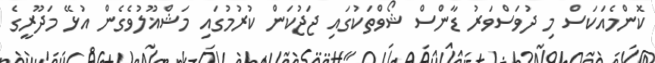
ކޮންމެއަކަސް މި ދުވަސްވަރު ޑާންސް ޝޯވްތަކުގައި ޖަޖުކަން ކުރުމުގައި މަޝްޣޫލުވެގެން އުޅޭ މަދޫރީގެ